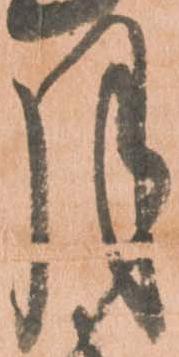
月